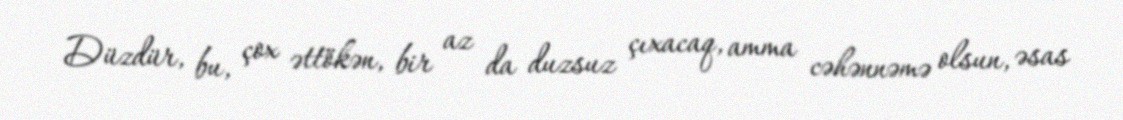
Düzdür, bu, çox əttökən, bir az da duzsuz çıxacaq, amma cəhənnəmə olsun, əsas